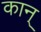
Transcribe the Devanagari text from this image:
कान्‌